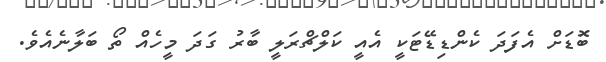
ބޮަޑަށް އެފަދަ ކެންޑިޑޭޓަކީ އެއީ ކަލްޗްރަލީ ބާރު ގަދަ މީހެއް ތޯ ބަލާނެއެވެ.